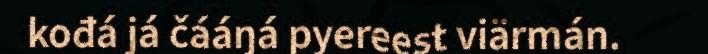
kođá já čááŋá pyereest viärmán.